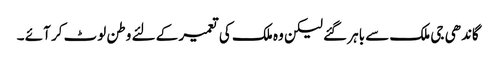
گاندھی جی ملک سے باہر گئے لیکن وہ ملک کی تعمیر کے لئے وطن لوٹ کر آئے ۔